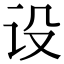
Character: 设